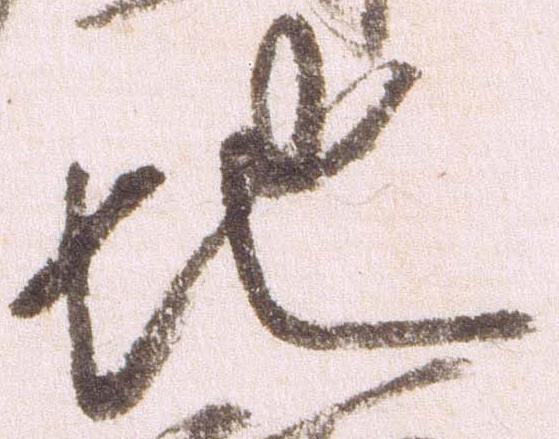
地